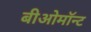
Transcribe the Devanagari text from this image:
बीओमॉन्ट